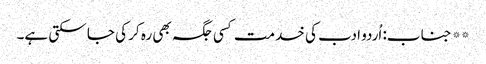
** جناب: اُردو ادب کی خدمت کسی جگہ بھی رہ کر کی جا سکتی ہے۔